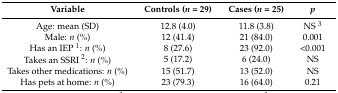
<table><thead><tr><td><b>Variable</b></td><td><b>Controls (<i>n</i> = 29)</b></td><td><b>Cases (<i>n</i> = 25)</b></td><td><b><i>p</i></b></td></tr></thead><tbody><tr><td>Age: mean (SD)</td><td>12.8 (4.0)</td><td>11.8 (3.8)</td><td>NS <sup>3</sup></td></tr><tr><td>Male: <i>n</i> (%)</td><td>12 (41.4)</td><td>21 (84.0)</td><td>0.001</td></tr><tr><td>Has an IEP <sup>1</sup>: <i>n</i> (%)</td><td>8 (27.6)</td><td>23 (92.0)</td><td>&lt;0.001</td></tr><tr><td>Takes an SSRI <sup>2</sup>: <i>n</i> (%)</td><td>5 (17.2)</td><td>6 (24.0)</td><td>NS</td></tr><tr><td>Takes other medications: <i>n</i> (%)</td><td>15 (51.7)</td><td>13 (52.0)</td><td>NS</td></tr><tr><td>Has pets at home: <i>n</i> (%)</td><td>23 (79.3)</td><td>16 (64.0)</td><td>0.21</td></tr></tbody></table>